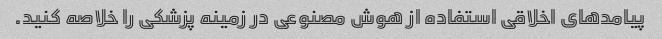
پیامدهای اخلاقی استفاده از هوش مصنوعی در زمینه پزشکی را خلاصه کنید.